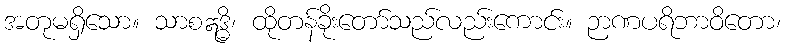
အတုမရှိသော။ သာစဣဒ္ဓိ၊ ထိုတန်ခိုးတော်သည်လည်းကောင်း။ ဉာဏပရိဘာဝိတော၊